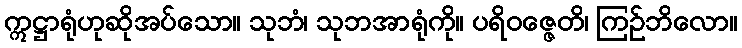
ဣဋ္ဌာရုံဟုဆိုအပ်သော။ သုဘံ၊ သုဘအာရုံကို။ ပရိဝဇ္ဇေတိ၊ ကြဉ်ဘိလော။